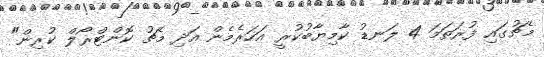
މެޗުގައި ފުރަތަމަ 4 ލަނޑު ކާމިޔާބުކުރީ އަހަރެމެން އަދި މެޗު ކޮންޓްރޯލް ކުރިން"